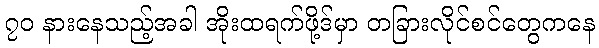
၇၀ နားနေသည့်အခါ အိုးထရက်ဖို့ဒ်မှာ တခြားလိုင်စင်တွေကနေ